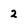
Character: 2